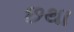
છથા